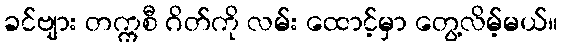
ခင်ဗျား တက္ကစီ ဂိတ်ကို လမ်း ထောင့်မှာ တွေ့လိမ့်မယ်။